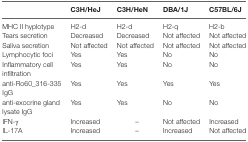
|  | C3H/HeJ | C3H/HeN | DBA/1J | C57BL/6J |
 | --- | --- | --- | --- | --- |
 | MHC II hyplotype | H2-d | H2-d | H2-q | H2-b |
 | Tears secretion | Decreased | Decreased | Not affected | Not affected |
 | Saliva secretion | Not affected | Not affected | Not affected | Not affected |
 | Lymphocytic foci | Yes | Yes | No | No |
 | Inflammatory cell infiltration | Yes | Yes | No | No |
 | anti-Ro60_316-335 IgG | Yes | Yes | Yes | Yes |
 | anti-exocrine gland lysate IgG | Yes | Yes | No | No |
 | IFN-γ | Increased | – | Not affected | Increased |
 | IL-17A | Increased | – | Increased | Not affected |